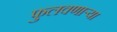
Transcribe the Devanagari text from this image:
फुलवणार्‍या